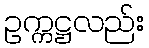
ဥက္ကဋ္ဌလည်း